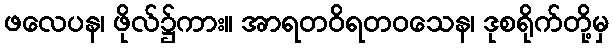
ဖလေပန၊ ဖိုလ်၌ကား။ အာရတဝိရတဝသေန၊ ဒုစရိုက်တို့မှ